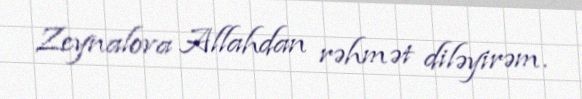
Zeynalova Allahdan rəhmət diləyirəm.